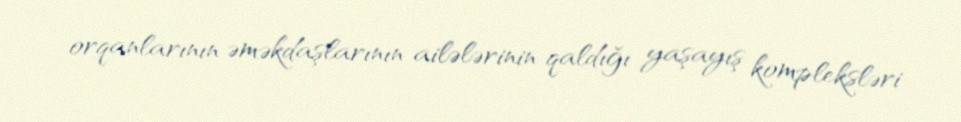
orqanlarının əməkdaşlarının ailələrinin qaldığı yaşayış kompleksləri